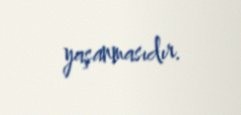
yaşanmasıdır.